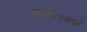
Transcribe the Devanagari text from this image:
विलोपनाचे